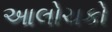
આલોચકો